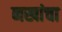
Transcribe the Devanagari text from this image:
नखांचा